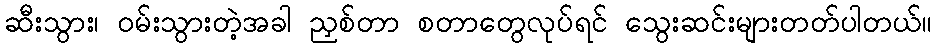
ဆီးသွား၊ ဝမ်းသွားတဲ့အခါ ညှစ်တာ စတာတွေလုပ်ရင် သွေးဆင်းများတတ်ပါတယ်။